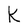
Character: k